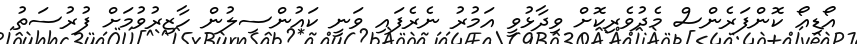
އޯޑިއޯ ކޮންފަރެންސް މެދުވެރިކޮށް ވިދާޅުވީ އަމުރު ނެރެފައި ވަނީ ކައުންސިލުން ހާޒިރުވުމަށް ފުރުސަތު